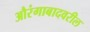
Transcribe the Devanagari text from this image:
औरंगाबादवरील